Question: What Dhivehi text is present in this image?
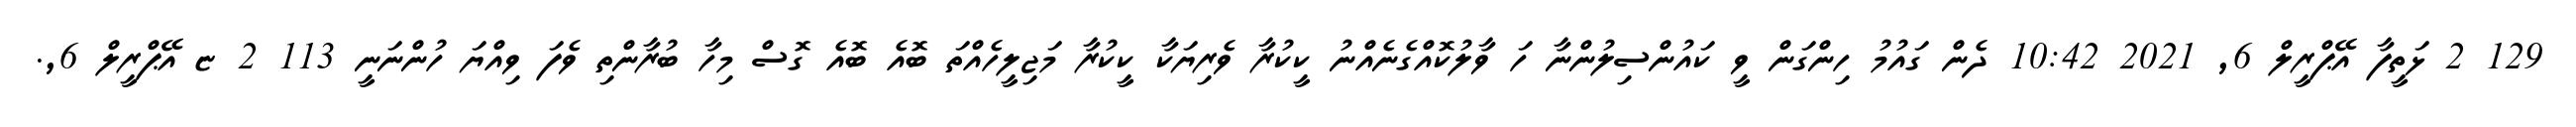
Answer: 129 2 ޅަތީފާ އޭޕްރީލް 6, 2021 10:42 ދެން ގައުމު ހިންގަން ވީ ކައުންސިލުންނާ ހަ ވާލުކޮއްގެނެއްނު ކީކުރާ ވެރިޔަކާ ކީކުރާ މަޖިލީހެއްތަ ބޮއެ ބޮއެ ގޮސް މިހާ ބުރާންތި ވެފަ ވިއްޔަ ހުންނަނީ 113 2 ޏ އޭޕްރީލް 6,.